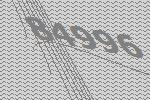
84996